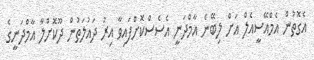
އެގޮތުން އެމްއޭސީއެލް އަށް ލިބޭނެ އާމްދަނީ އެސެސްކޮށްފައިވާ އިރު ދައުލަތުން ދޫކޮށްލާ އާމްދަނީގެ